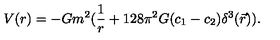
V ( r ) = - G m ^ { 2 } ( { \frac { 1 } { r } } + 1 2 8 \pi ^ { 2 } G ( c _ { 1 } - c _ { 2 } ) \delta ^ { 3 } ( \vec { r } ) ) .